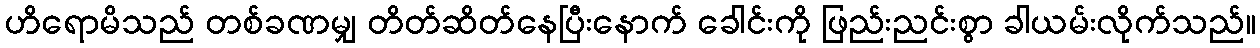
ဟိရောမိသည် တစ်ခဏမျှ တိတ်ဆိတ်နေပြီးနောက် ခေါင်းကို ဖြည်းညင်းစွာ ခါယမ်းလိုက်သည်။